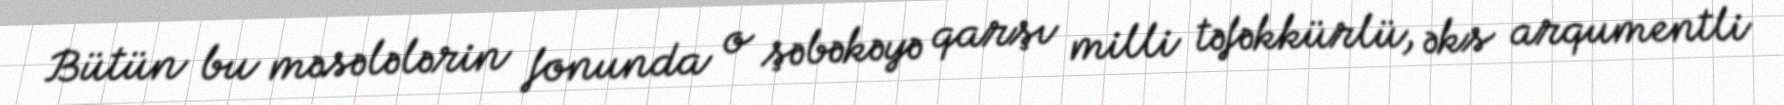
Bütün bu məsələlərin fonunda o şəbəkəyə qarşı milli təfəkkürlü, əks arqumentli